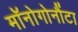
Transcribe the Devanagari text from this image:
मॉनोगोनौंटा